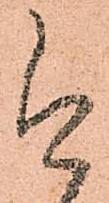
今